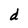
Character: d